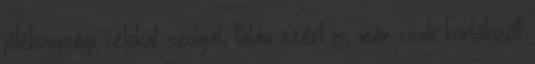
jótékonysági célokat szolgál, talán ezért is, már csak korlátozott